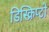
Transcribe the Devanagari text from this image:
डिस्क्रिप्टो